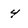
Character: 4